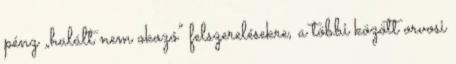
pénz „halált nem okozó” felszerelésekre, a többi között orvosi